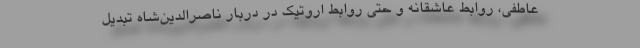
عاطفی، روابط عاشقانه و حتی روابط اروتیک در دربار ناصرالدین‌شاه تبدیل